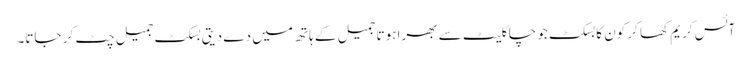
آئس کریم کھا کر کون کا بسکٹ جو چاکلیٹ سے بھرا ہوتا جمیل کے ہاتھ میں دے دیتی بسکٹ جمیل چٹ کر جاتا۔